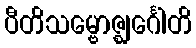
ပီတိသမ္ဗောဇ္ဈင်္ဂေါတိ